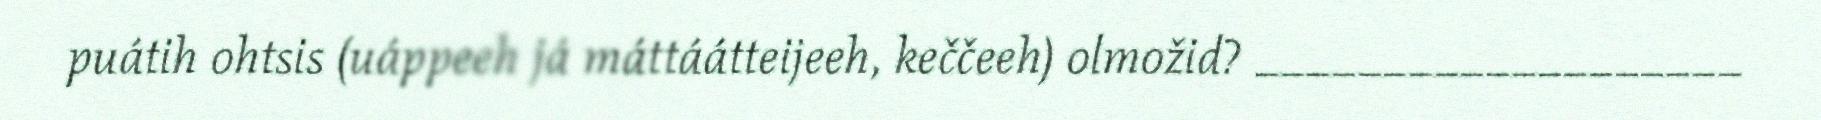
puátih ohtsis (uáppeeh já máttáátteijeeh, keččeeh) olmožid? ___________________